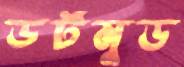
ডর্টমুড